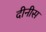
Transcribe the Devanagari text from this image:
दीनीस